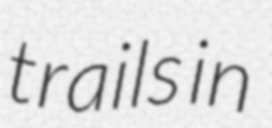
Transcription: trails in